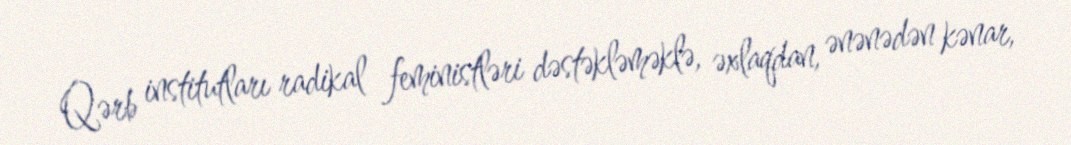
Qərb institutları radikal feministləri dəstəkləməklə, əxlaqdan, ənənədən kənar,